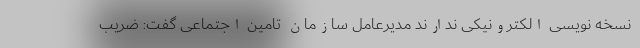
نسخه نویسی الکترونیکی ندارند مدیرعامل سازمان تامین اجتماعی گفت: ضریب